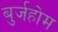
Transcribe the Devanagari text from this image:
बुर्जहोम